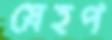
স্নেহপ